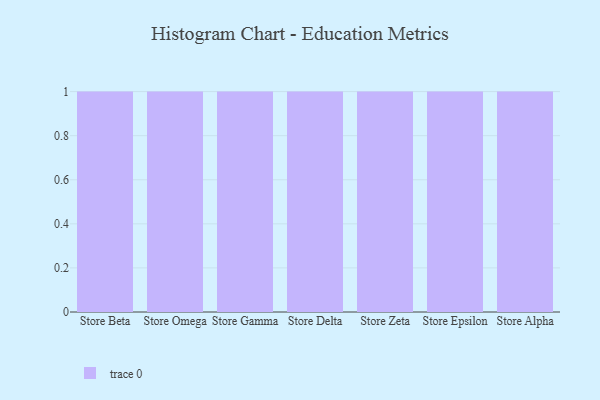
{"axis": {"x": "Store", "y": "Latency (ms)"}, "legend": [""], "data": [{"x": "Store Beta", "y": 53, "type": ""}, {"x": "Store Omega", "y": 18, "type": ""}, {"x": "Store Gamma", "y": 69, "type": ""}, {"x": "Store Delta", "y": 6, "type": ""}, {"x": "Store Zeta", "y": 19, "type": ""}, {"x": "Store Epsilon", "y": 78, "type": ""}, {"x": "Store Alpha", "y": 70, "type": ""}]}